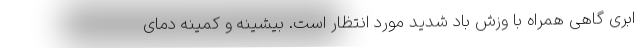
ابری گاهی همراه با وزش باد شدید مورد انتظار است. بیشینه و کمینه دمای